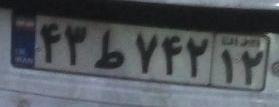
۴۳ط۷۴۲۱۲